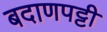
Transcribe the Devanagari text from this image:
बदाणपट्टी